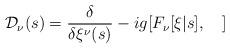
LaTeX: \begin{align*}{\cal D}_\nu(s) = \frac{\delta}{\delta \xi^\nu(s)} - ig [F_\nu[\xi|s],\ \ \ ]\end{align*}